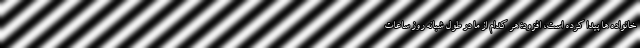
خانواده ها پیدا کرده است، افزود: هر کدام از ما در طول شبانه روز ساعات